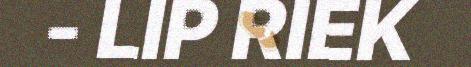
- LIP RIEK